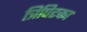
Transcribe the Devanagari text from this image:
त्रिपिटका